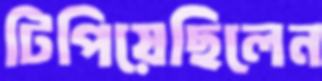
টিপিয়েছিলেন